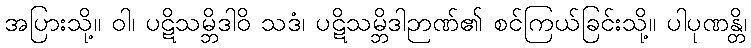
အပြားသို့။ ဝါ၊ ပဋိသမ္ဘိဒါဝိ သဒံ၊ ပဋိသမ္ဘိဒါဉာဏ်၏ စင်ကြယ်ခြင်းသို့။ ပါပုဏန္တိ၊